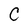
Character: C